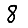
Digit: 8